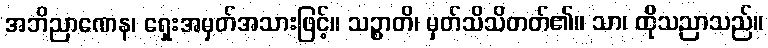
အဘိညာဏေန၊ ရှေးအမှတ်အသားဖြင့်။ သဉ္စာတိ၊ မှတ်သိသိတတ်၏။ သာ၊ ထိုသညာသည်။